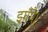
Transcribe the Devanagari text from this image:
झाँपै।